Etiology and epidemiology of plague
Disease focus: Plague
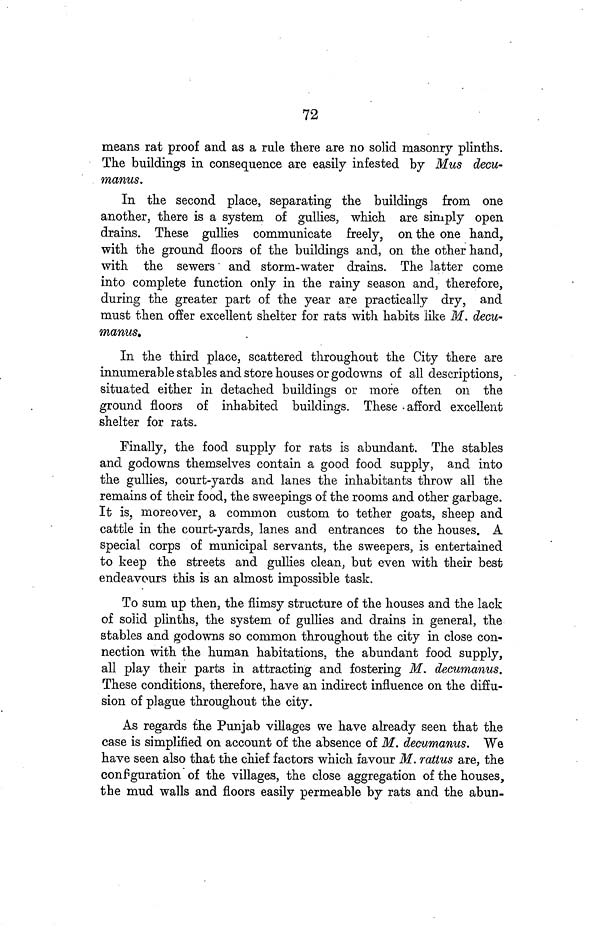
72
means rat proof and as a rule there are no solid masonry plinths.
The buildings in consequence are easily infested by Mus decu-
manus.
In the second place, separating the buildings from one
another, there is a system of gullies, which are simply open
drains. These gullies communicate freely, on the one hand,
with the ground floors of the buildings and, on the other hand,
with the sewers and storm-water drains. The latter come
into complete function only in the rainy season and, therefore,
during the greater part of the year are practically dry, and
must then offer excellent shelter for rats with habits like M. decu-
manus.
In the third place, scattered throughout the City there are
innumerable stables and store houses or godowns of all descriptions,
situated either in detached buildings or more often on the
ground floors of inhabited buildings. These afford excellent
shelter for rats.
Finally, the food supply for rats is abundant. The stables
and godowns themselves contain a good food supply, and into
the gullies, court-yards and lanes the inhabitants throw all the
remains of their food, the sweepings of the rooms and other garbage.
It is, moreover, a common custom to tether goats, sheep and
cattle in the court-yards, lanes and entrances to the houses. A
special corps of municipal servants, the sweepers, is entertained
to keep the streets and gullies clean, but even with their best
endeavours this is an almost impossible task.
To sum up then, the flimsy structure of the houses and the lack
of solid plinths, the system of gullies and drains in general, the
stables and godowns so common throughout the city in close con-
nection with the human habitations, the abundant food supply,
all play their parts in attracting and fostering M. decumanus.
These conditions, therefore, have an indirect influence on the diffu-
sion of plague throughout the city.
As regards the Punjab villages we have already seen that the
case is simplified on account of the absence of M. decumanus. We
have seen also that the chief factors which favour M. rattus are, the
configuration of the villages, the close aggregation of the houses,
the mud walls and floors easily permeable by rats and the abun-